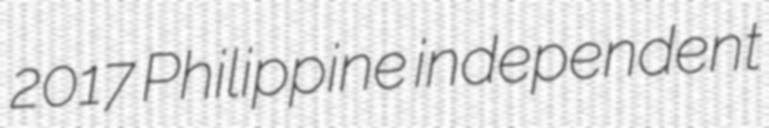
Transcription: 2017 Philippine independent